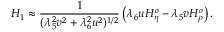
H _ { 1 } \approx \frac { 1 } { ( \lambda _ { 5 } ^ { 2 } v ^ { 2 } + \lambda _ { 6 } ^ { 2 } u ^ { 2 } ) ^ { 1 / 2 } } \left( \lambda _ { 6 } u H _ { \eta } ^ { o } - \lambda _ { 5 } v H _ { \rho } ^ { o } \right) .